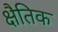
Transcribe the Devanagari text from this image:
क्षैतिक